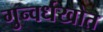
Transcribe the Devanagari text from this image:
गुन्वर्धखोत